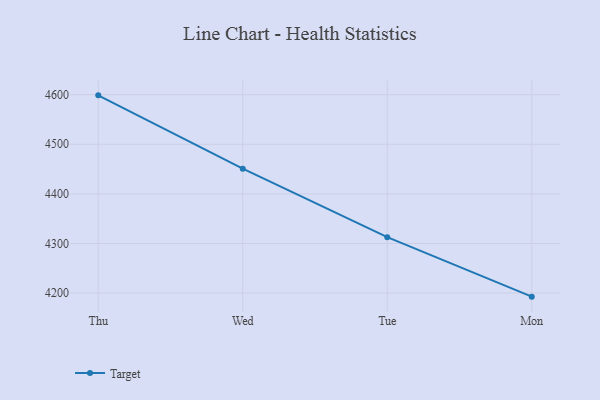
{"axis": {"x": "Day", "y": "Temperature (°C)"}, "legend": ["Target"], "data": [{"x": "Thu", "y": 4598.7, "type": "Target"}, {"x": "Wed", "y": 4450.9, "type": "Target"}, {"x": "Tue", "y": 4312.6, "type": "Target"}, {"x": "Mon", "y": 4192.7, "type": "Target"}]}